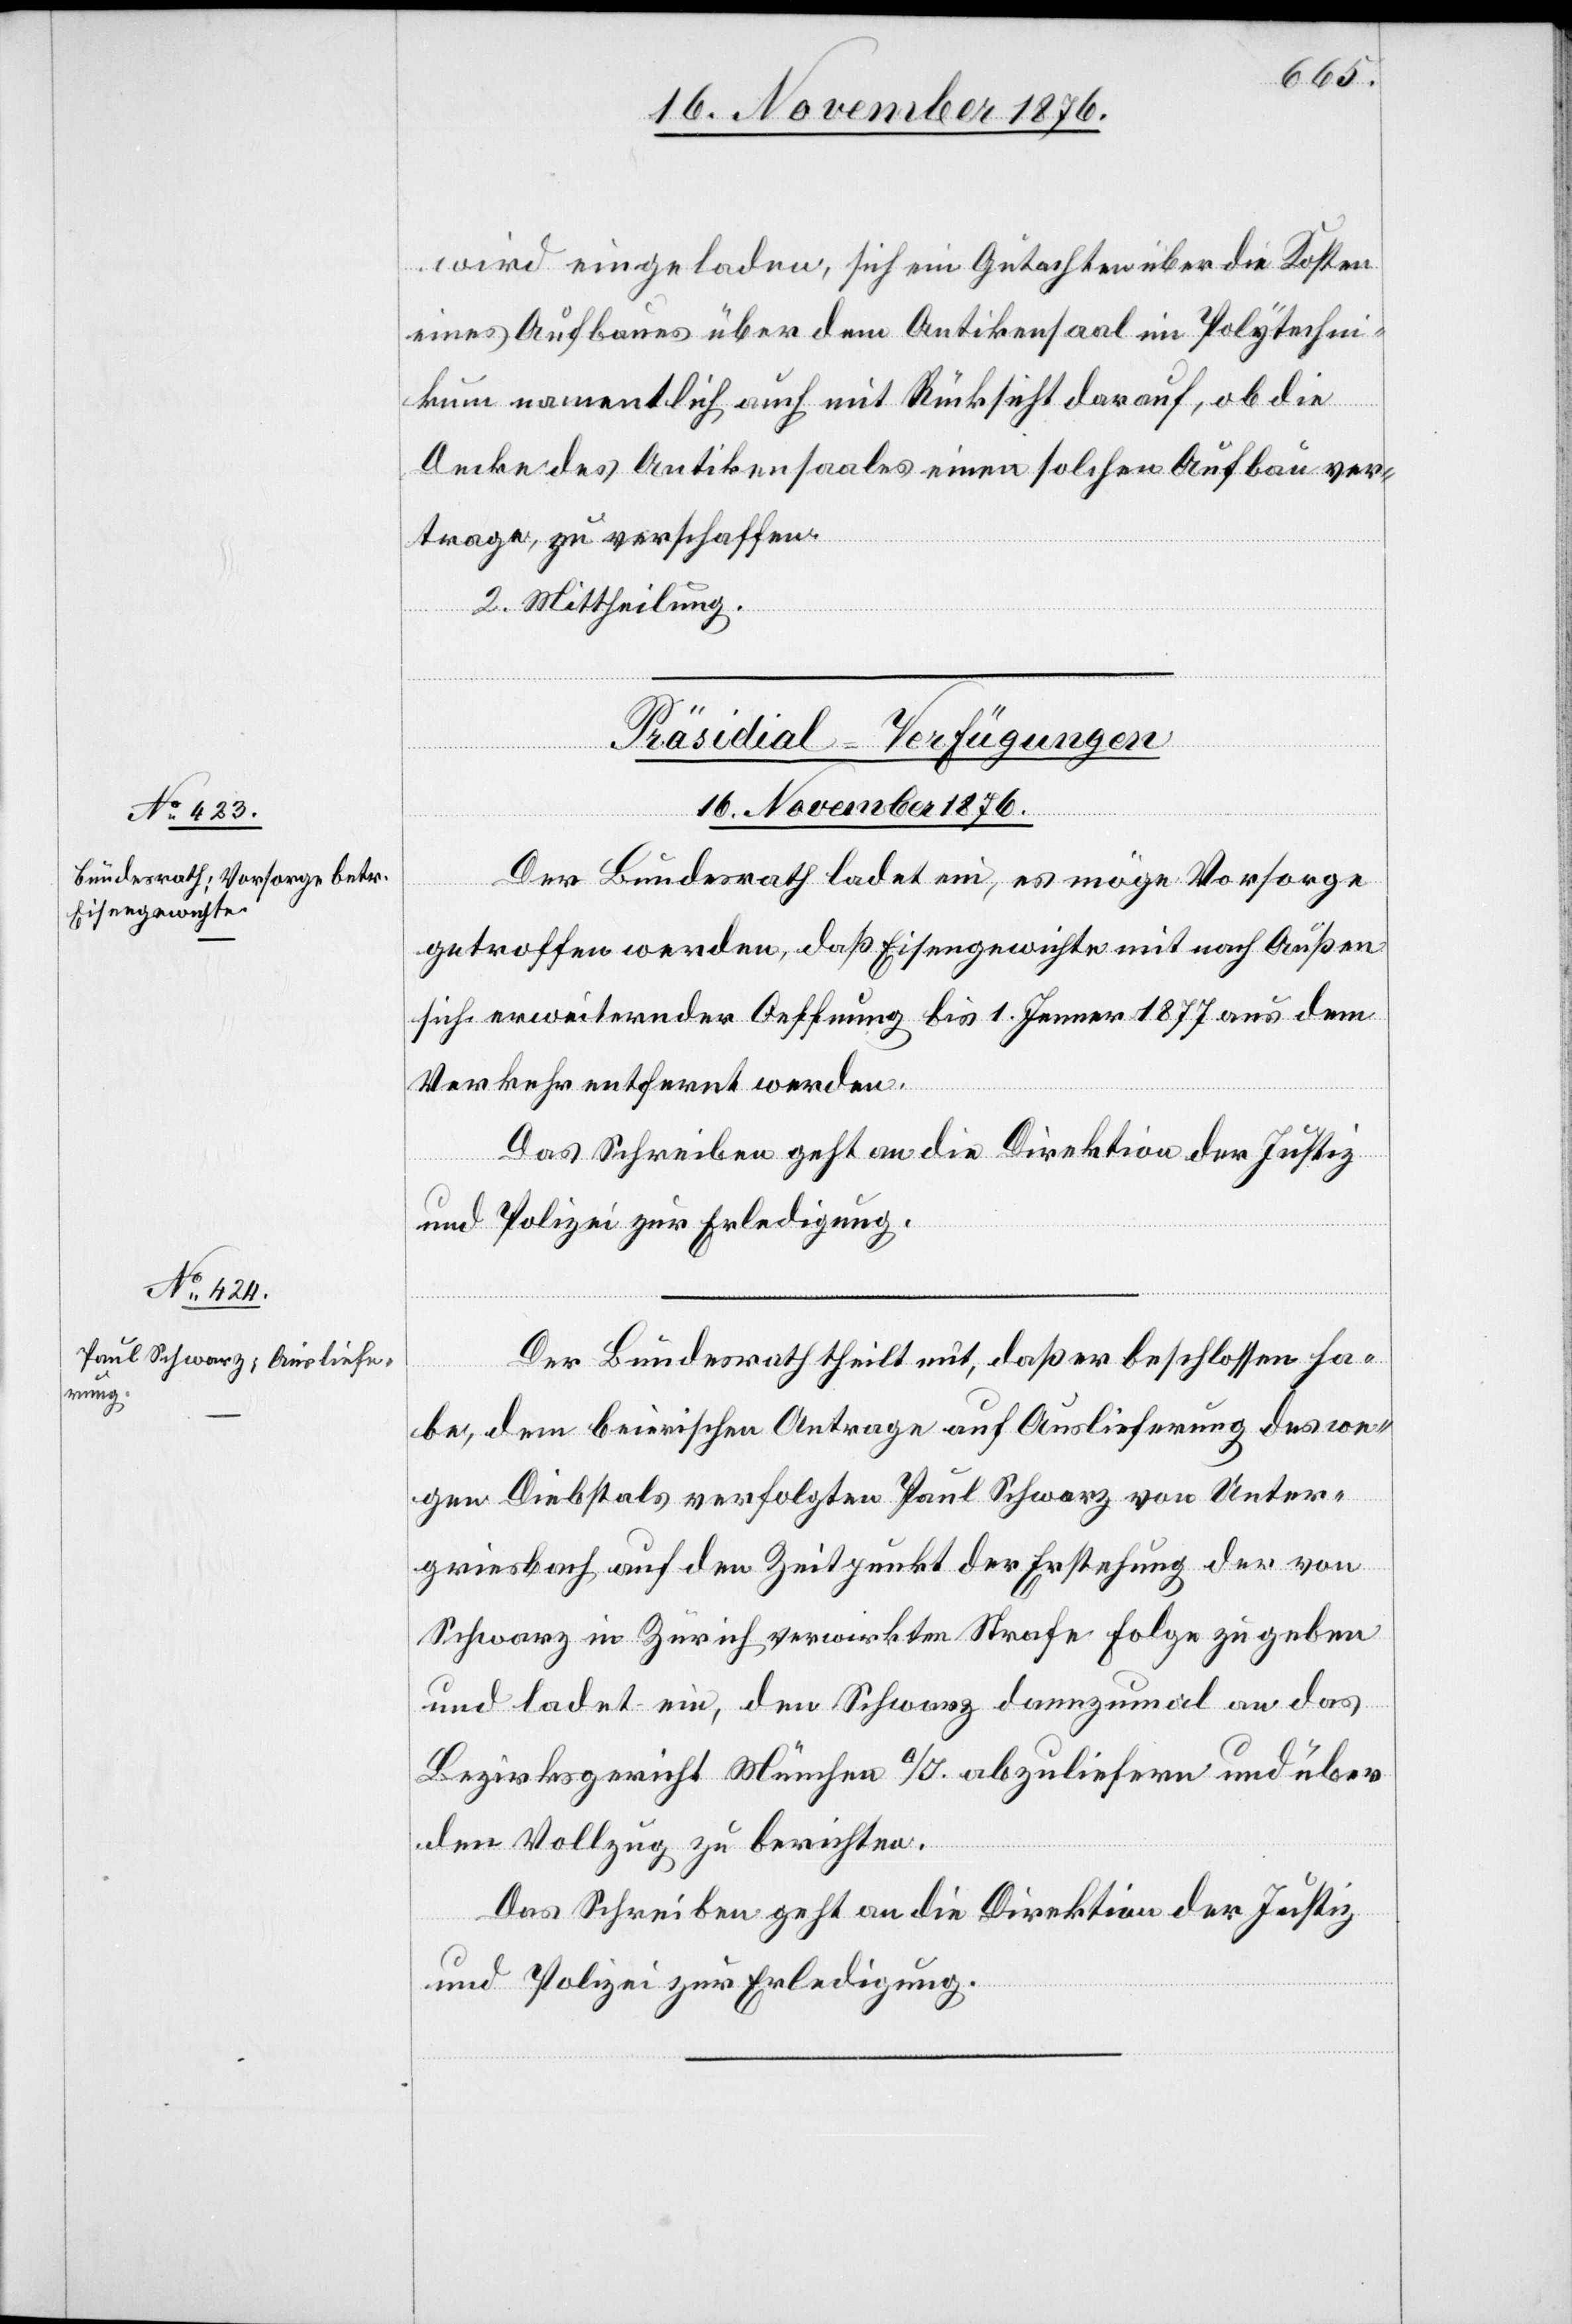
wird eingeladen, sich ein Gutachten über die Kosten
eines Aufbaues über dem Antikensaal im Polytechni¬
kum namentlich auch mit Rücksicht darauf, ob die
Decke des Antikensaales einen solchen Aufbau ver¬
trage, zu verschaffen.
2. Mittheilung.
[Präsidial-Verfügungen
16. November 1876.]
Der Bundesrath ladet ein, es möge Vorsorge
getroffen werden, daß Eisengewichte mit nach Außen
sich erweiternder Oeffnung bis 1. Jenner 1877 aus dem
Verkehr entfernt werden.
Das Schreiben geht an die Direktion der Justiz
und Polizei zur Erledigung.
Der Bundesrath theilt mit, daß er beschlossen ha¬
be, dem beierischen [sic!] Antrage auf Auslieferung des we¬
gen Diebstals verfolgten Paul Schwarz von Unter¬
griesbach auf den Zeitpunkt der Erstehung der von
Schwarz in Zürich verwirkten Strafe Folge zu geben
und ladet ein, den Schwarz dannzumal an das
Bezirksgericht München a/I. abzuliefern und über
den Vollzug zu berichten.